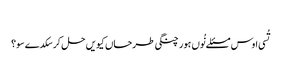
‏
تُسی اوس مسئلے نُوں ہور چنگی طرحاں کیویں حل کر سکدے سو؟